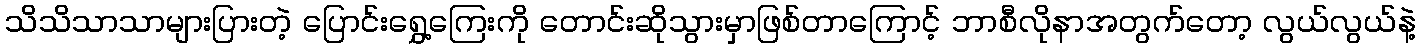
သိသိသာသာများပြားတဲ့ ပြောင်းရွှေ့ကြေးကို တောင်းဆိုသွားမှာဖြစ်တာကြောင့် ဘာစီလိုနာအတွက်တော့ လွယ်လွယ်နဲ့